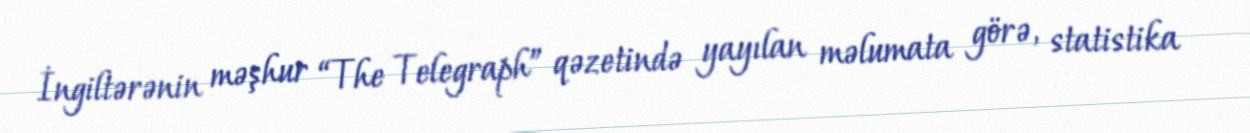
İngiltərənin məşhur “The Telegraph” qəzetində yayılan məlumata görə, statistika